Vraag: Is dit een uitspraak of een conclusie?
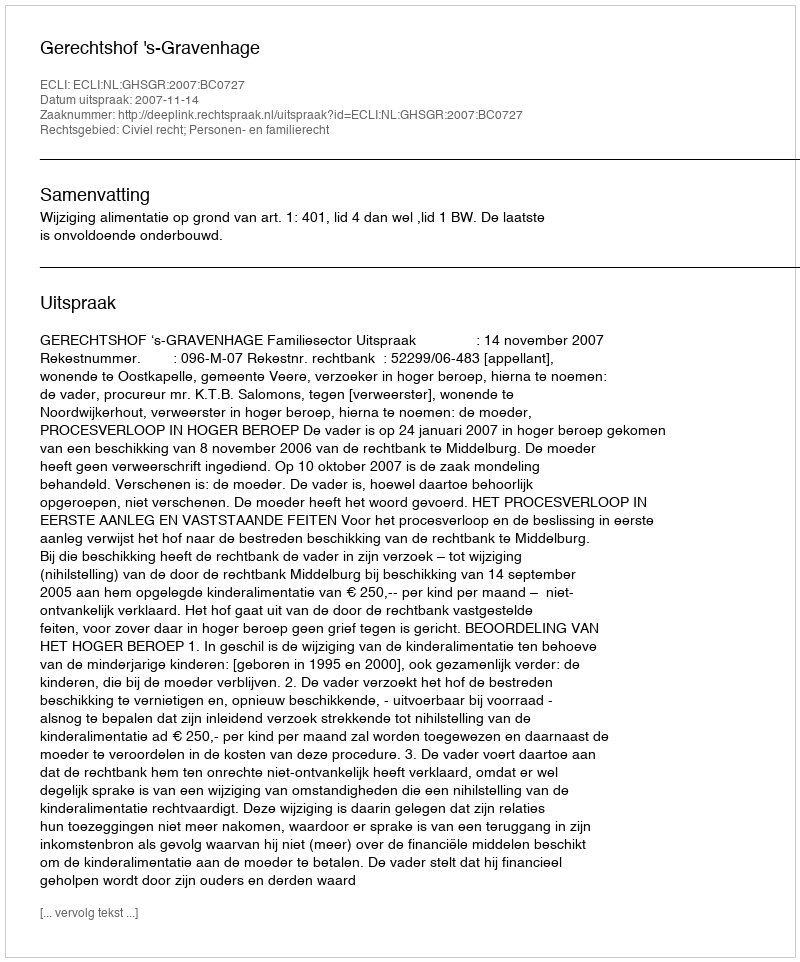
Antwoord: Uitspraak